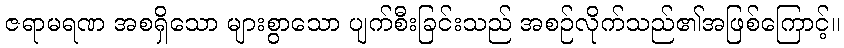
ဇရာမရဏ အစရှိသော များစွာသော ပျက်စီးခြင်းသည် အစဉ်လိုက်သည်၏အဖြစ်ကြောင့်။